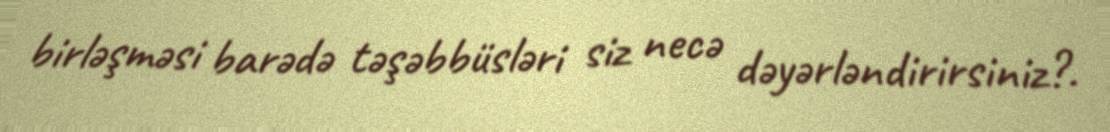
birləşməsi barədə təşəbbüsləri siz necə dəyərləndirirsiniz?.